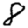
Digit: 8